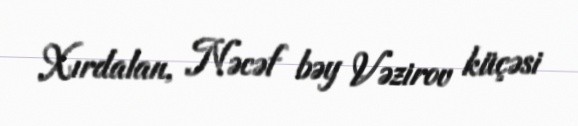
Xırdalan, Nəcəf bəy Vəzirov küçəsi